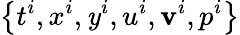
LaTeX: \left\{ t^{i},x^{i},\mathit{y}^{i},u^{i},\mathbf{v}^{i},p^{i}\right\}